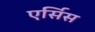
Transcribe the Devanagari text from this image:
एर्सिस